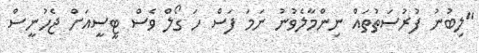
"ލިބުނު ފުރުސަތުތައް ނިންމާލެވުނު ނަމަ ފަސް ހަ ގޯލް ވެސް ޓީސީއަށް ޖެހުނީސް